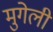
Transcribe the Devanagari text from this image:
मुगेली